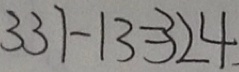
3 3 7 - 1 3 = 3 2 4